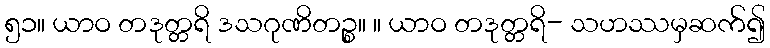
၅၁။ ယာဝ တဒုတ္တရိ ဒသဂုဏိတဉ္စ။ ။ ယာဝ တဒုတ္တရိ- သဟဿမှဆက်၍